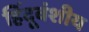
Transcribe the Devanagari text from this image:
हिंदूवंशीय